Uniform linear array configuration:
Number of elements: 12
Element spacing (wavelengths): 0.25
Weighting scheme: hamming
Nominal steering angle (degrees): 60
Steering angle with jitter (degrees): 58.615
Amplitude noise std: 0.05
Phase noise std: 0.05

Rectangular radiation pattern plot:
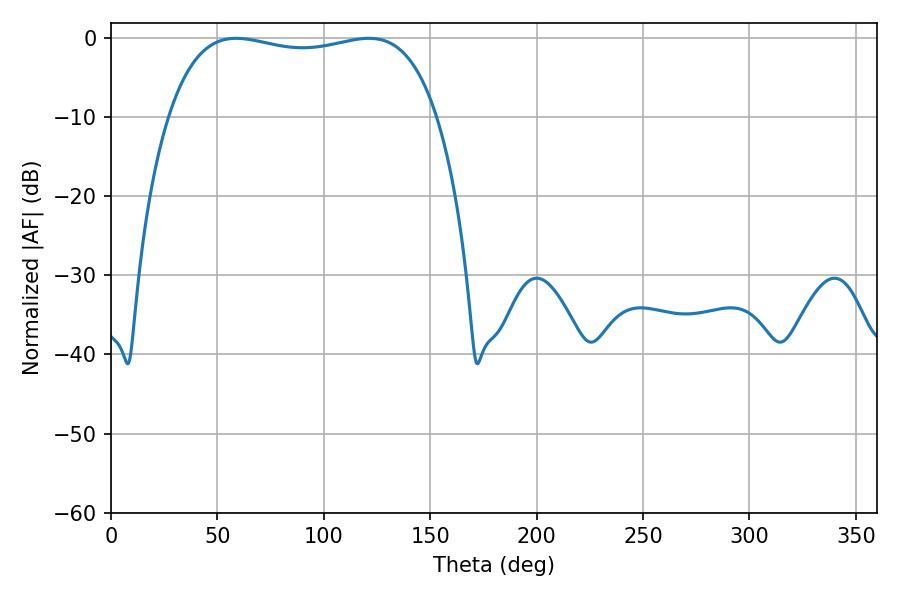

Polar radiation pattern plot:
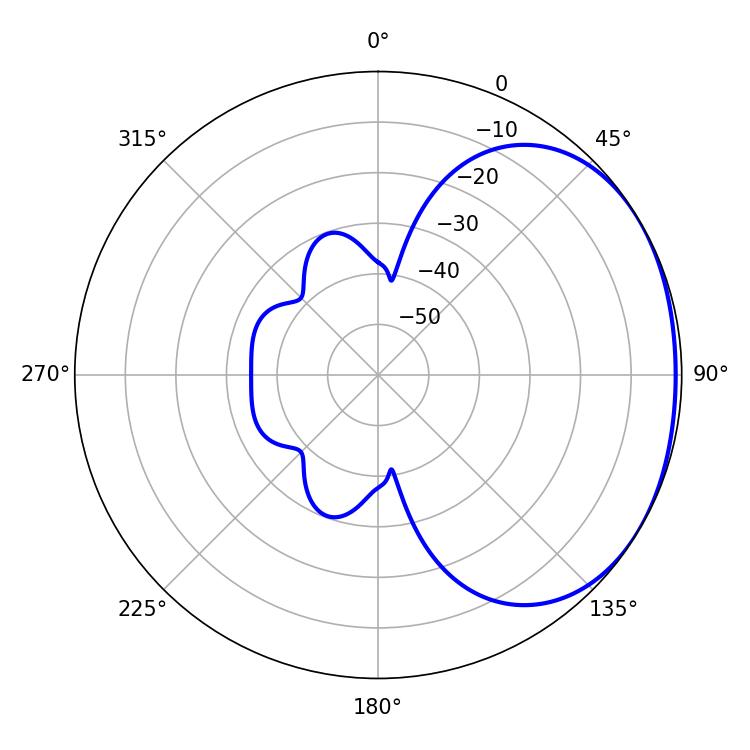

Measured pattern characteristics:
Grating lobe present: FALSE
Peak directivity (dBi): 1.536
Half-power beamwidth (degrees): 101.88
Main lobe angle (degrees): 58.86